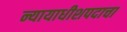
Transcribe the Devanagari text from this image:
न्यायाधीशपदाचा